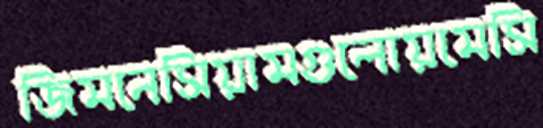
জিমনেসিয়ামগুলোয়মেসি